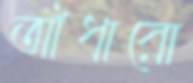
আঁধারো